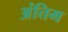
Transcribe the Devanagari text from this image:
अंत्तिम